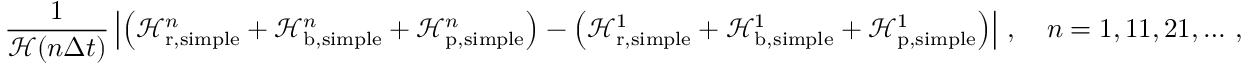
\frac { 1 } { \mathcal H ( n \Delta t ) } \left| \left( \mathcal H _ { \mathrm { r } , \mathrm { s i m p l e } } ^ { n } + \mathcal H _ { \mathrm { b } , \mathrm { s i m p l e } } ^ { n } + \mathcal H _ { \mathrm { p } , \mathrm { s i m p l e } } ^ { n } \right) - \left( \mathcal H _ { \mathrm { r } , \mathrm { s i m p l e } } ^ { 1 } + \mathcal H _ { \mathrm { b } , \mathrm { s i m p l e } } ^ { 1 } + \mathcal H _ { \mathrm { p } , \mathrm { s i m p l e } } ^ { 1 } \right) \right| \, , \quad n = 1 , 1 1 , 2 1 , \hdots \, ,